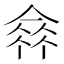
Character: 𠌺